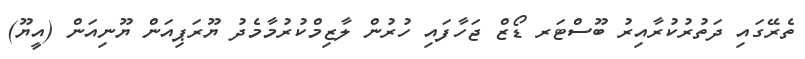
ތެރޭގައި ދަތުރުކުރާއިރު ބޫސްޓަރ ޑޯޒް ޖަހާފައި ހުރުން ލާޒިމްކުރުމާމެދު ޔޫރަޕިއަން ޔޫނިއަން (އީޔޫ)